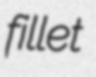
fillet